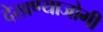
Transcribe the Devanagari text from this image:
देखण्याजोगी